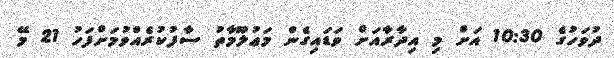
ދުވަހުގެ 10:30 އަށް މި އިދާރާއަށް ވަޑައިގެން މަޢުލޫމާތު ސާފުކުރެއްވުމަށްފަހު 21 މޭ